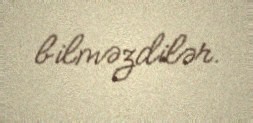
bilməzdilər.